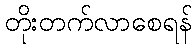
တိုးတက်လာစေရန်